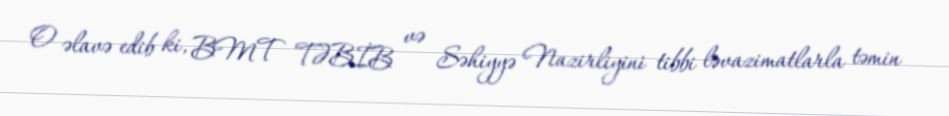
O əlavə edib ki, BMT TƏBİB və Səhiyyə Nazirliyini tibbi ləvazimatlarla təmin